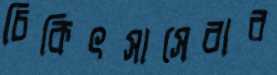
চিকিৎসাসেবার